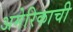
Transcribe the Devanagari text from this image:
अमेरिकाची